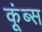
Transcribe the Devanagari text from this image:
कूंब्स